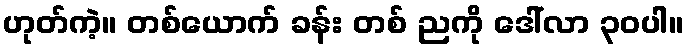
ဟုတ်ကဲ့။ တစ်ယောက် ခန်း တစ် ညကို ဒေါ်လာ ၃၀ပါ။